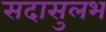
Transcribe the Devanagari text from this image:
सदासुलभ